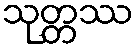
သုတ္တဿ